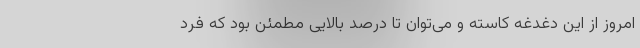
امروز از این دغدغه کاسته و می‌توان تا درصد بالایی مطمئن بود که فرد